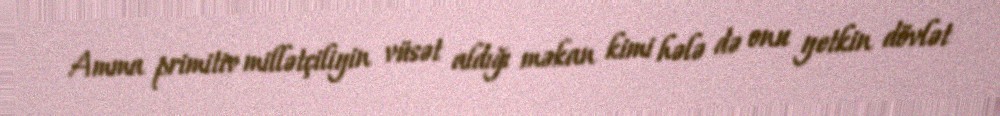
Amma primitiv millətçiliyin vüsət aldığı məkan kimi hələ də onu yetkin dövlət